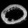
Digit: ၀